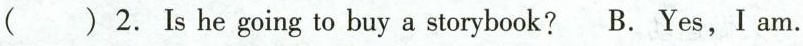
( ) 2. Is he going to buy a storybook? B. Yes, I am.